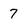
Character: 7